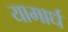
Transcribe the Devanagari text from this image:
यामार्ध